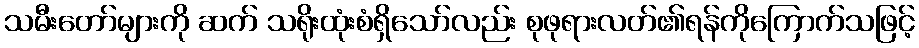
သမီးတော်များကို ဆက် သရိုးထုံးစံရှိသော်လည်း စုဖုရားလတ်၏ရန်ကိုကြောက်သဖြင့်